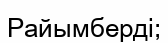
Райымберді;